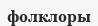
фолклоры